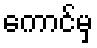
ကောင်မှ